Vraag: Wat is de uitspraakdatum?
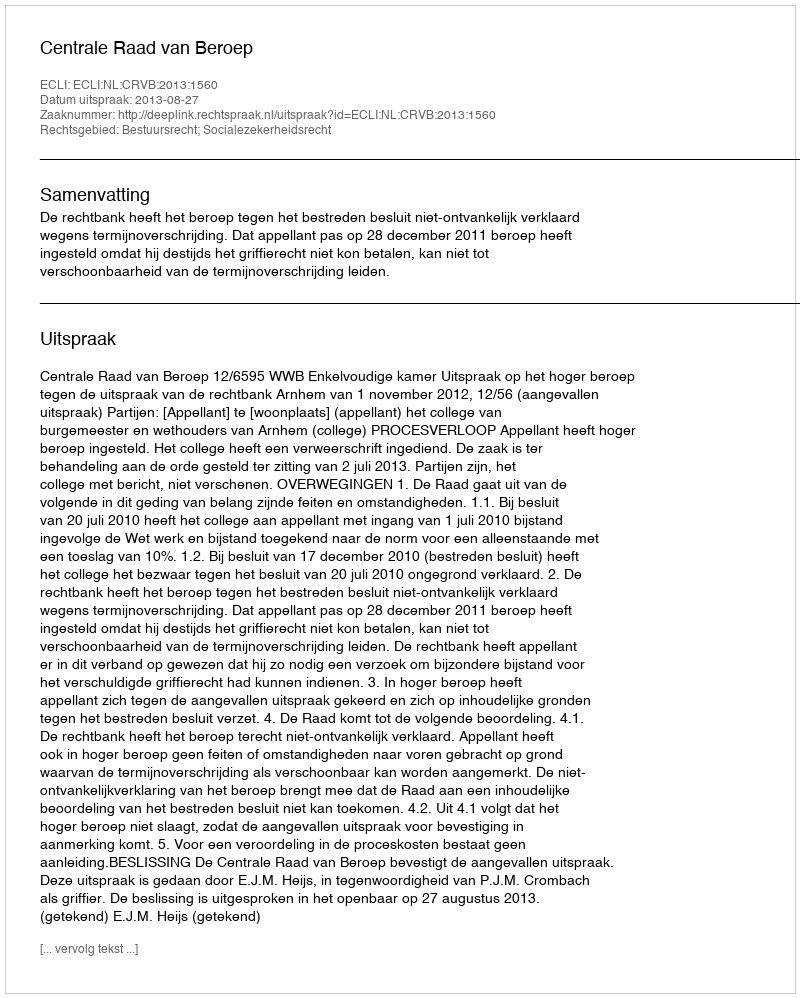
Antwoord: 2013-08-27